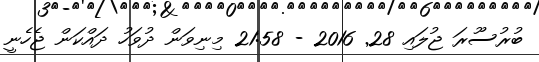
ބުރުސޫރަ ޖުލައި 28